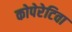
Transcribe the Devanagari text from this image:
कोपेरेटिवा